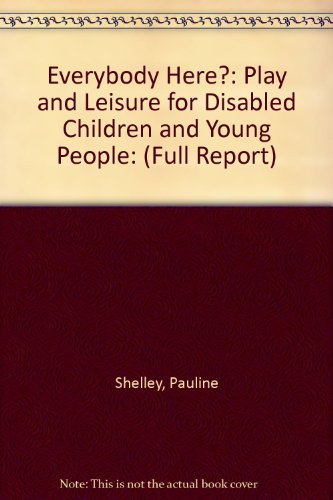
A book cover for Everybody Here?: Play and Leisure for Disabled Children and Young People: (Full Report); Pauline Shelley; Travel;